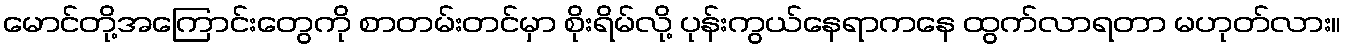
မောင်တို့အကြောင်းတွေကို စာတမ်းတင်မှာ စိုးရိမ်လို့ ပုန်းကွယ်နေရာကနေ ထွက်လာရတာ မဟုတ်လား။